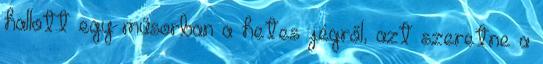
hallott egy műsorban a hetes jégről, azt szeretne a